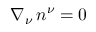
\nabla _ { \nu } \, n ^ { \nu } = 0